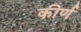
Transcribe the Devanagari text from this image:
कीर्ण